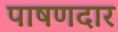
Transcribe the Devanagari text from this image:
पाषणदार